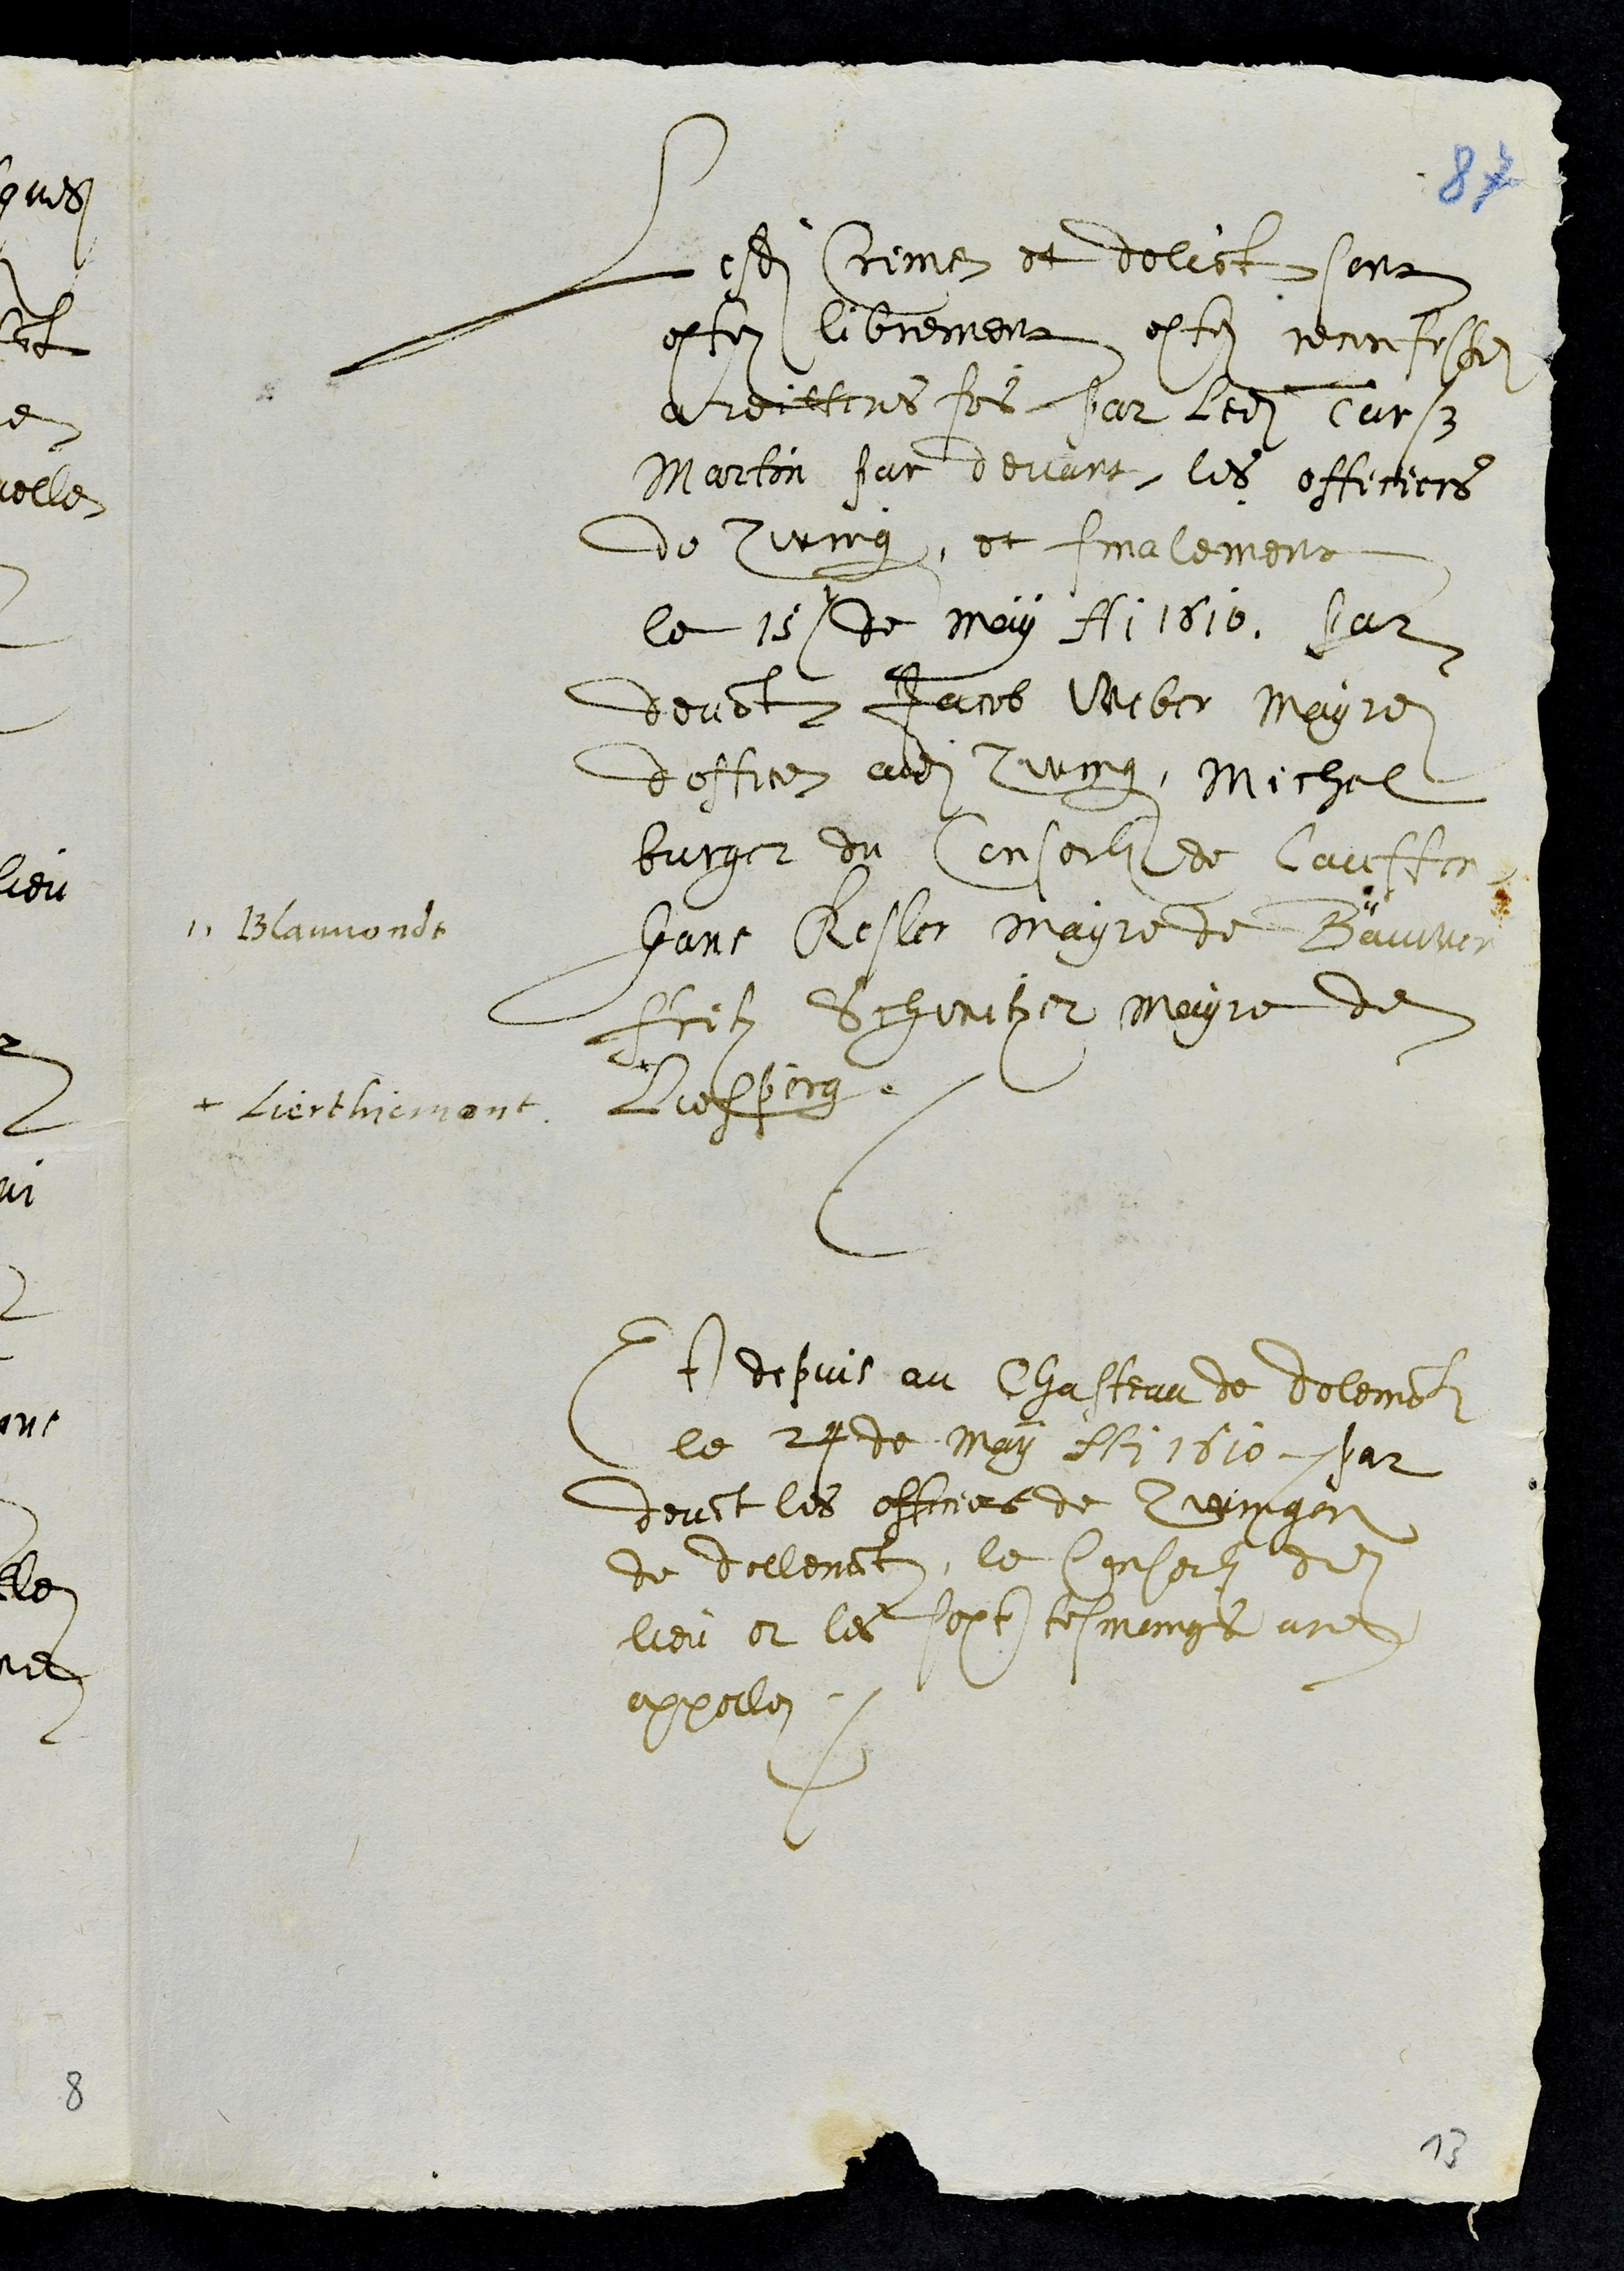
Lesdits crime et delict sont
estez librement estez reconfessez
a reitteres fois par ledit Turß
Martin par devant les officiers
de Zwingen, et finalement
le 15e de may Ai 1610 par
devant Jacob Weber Mayre
doffice audit Zwingen, Michel
burger du Conseil de Lauffen
Hans Kesler mayre de Bauwen
Blauuondt
Frltz Schwitzer mayre de
Liesperg.
+
+ Lierthiemont
Et depuis au Chasteau de Delemont
le 24 de may Ai 1610 par
devant les officiers de Zwingen
de Dellemont, le Conseil dudit
lieu et les sept tesmoings ace
appellez
13